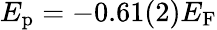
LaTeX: E_{\mathrm{p}}=-0.61(2)E_{\mathrm{F}}